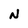
Character: N